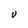
Character: V